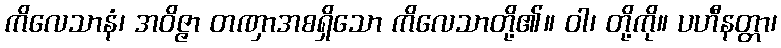
ကိလေသာနံ၊ အဝိဇ္ဇာ တဏှာအစရှိသော ကိလေသာတို့၏။ ဝါ၊ တို့ကို။ ပဟီနတ္တာ၊